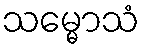
သမ္မောသံ